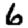
Digit: 6